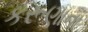
કરૂણાના